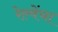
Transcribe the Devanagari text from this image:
रेल्वेंचा